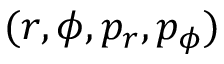
( r , \phi , p _ { r } , p _ { \phi } )